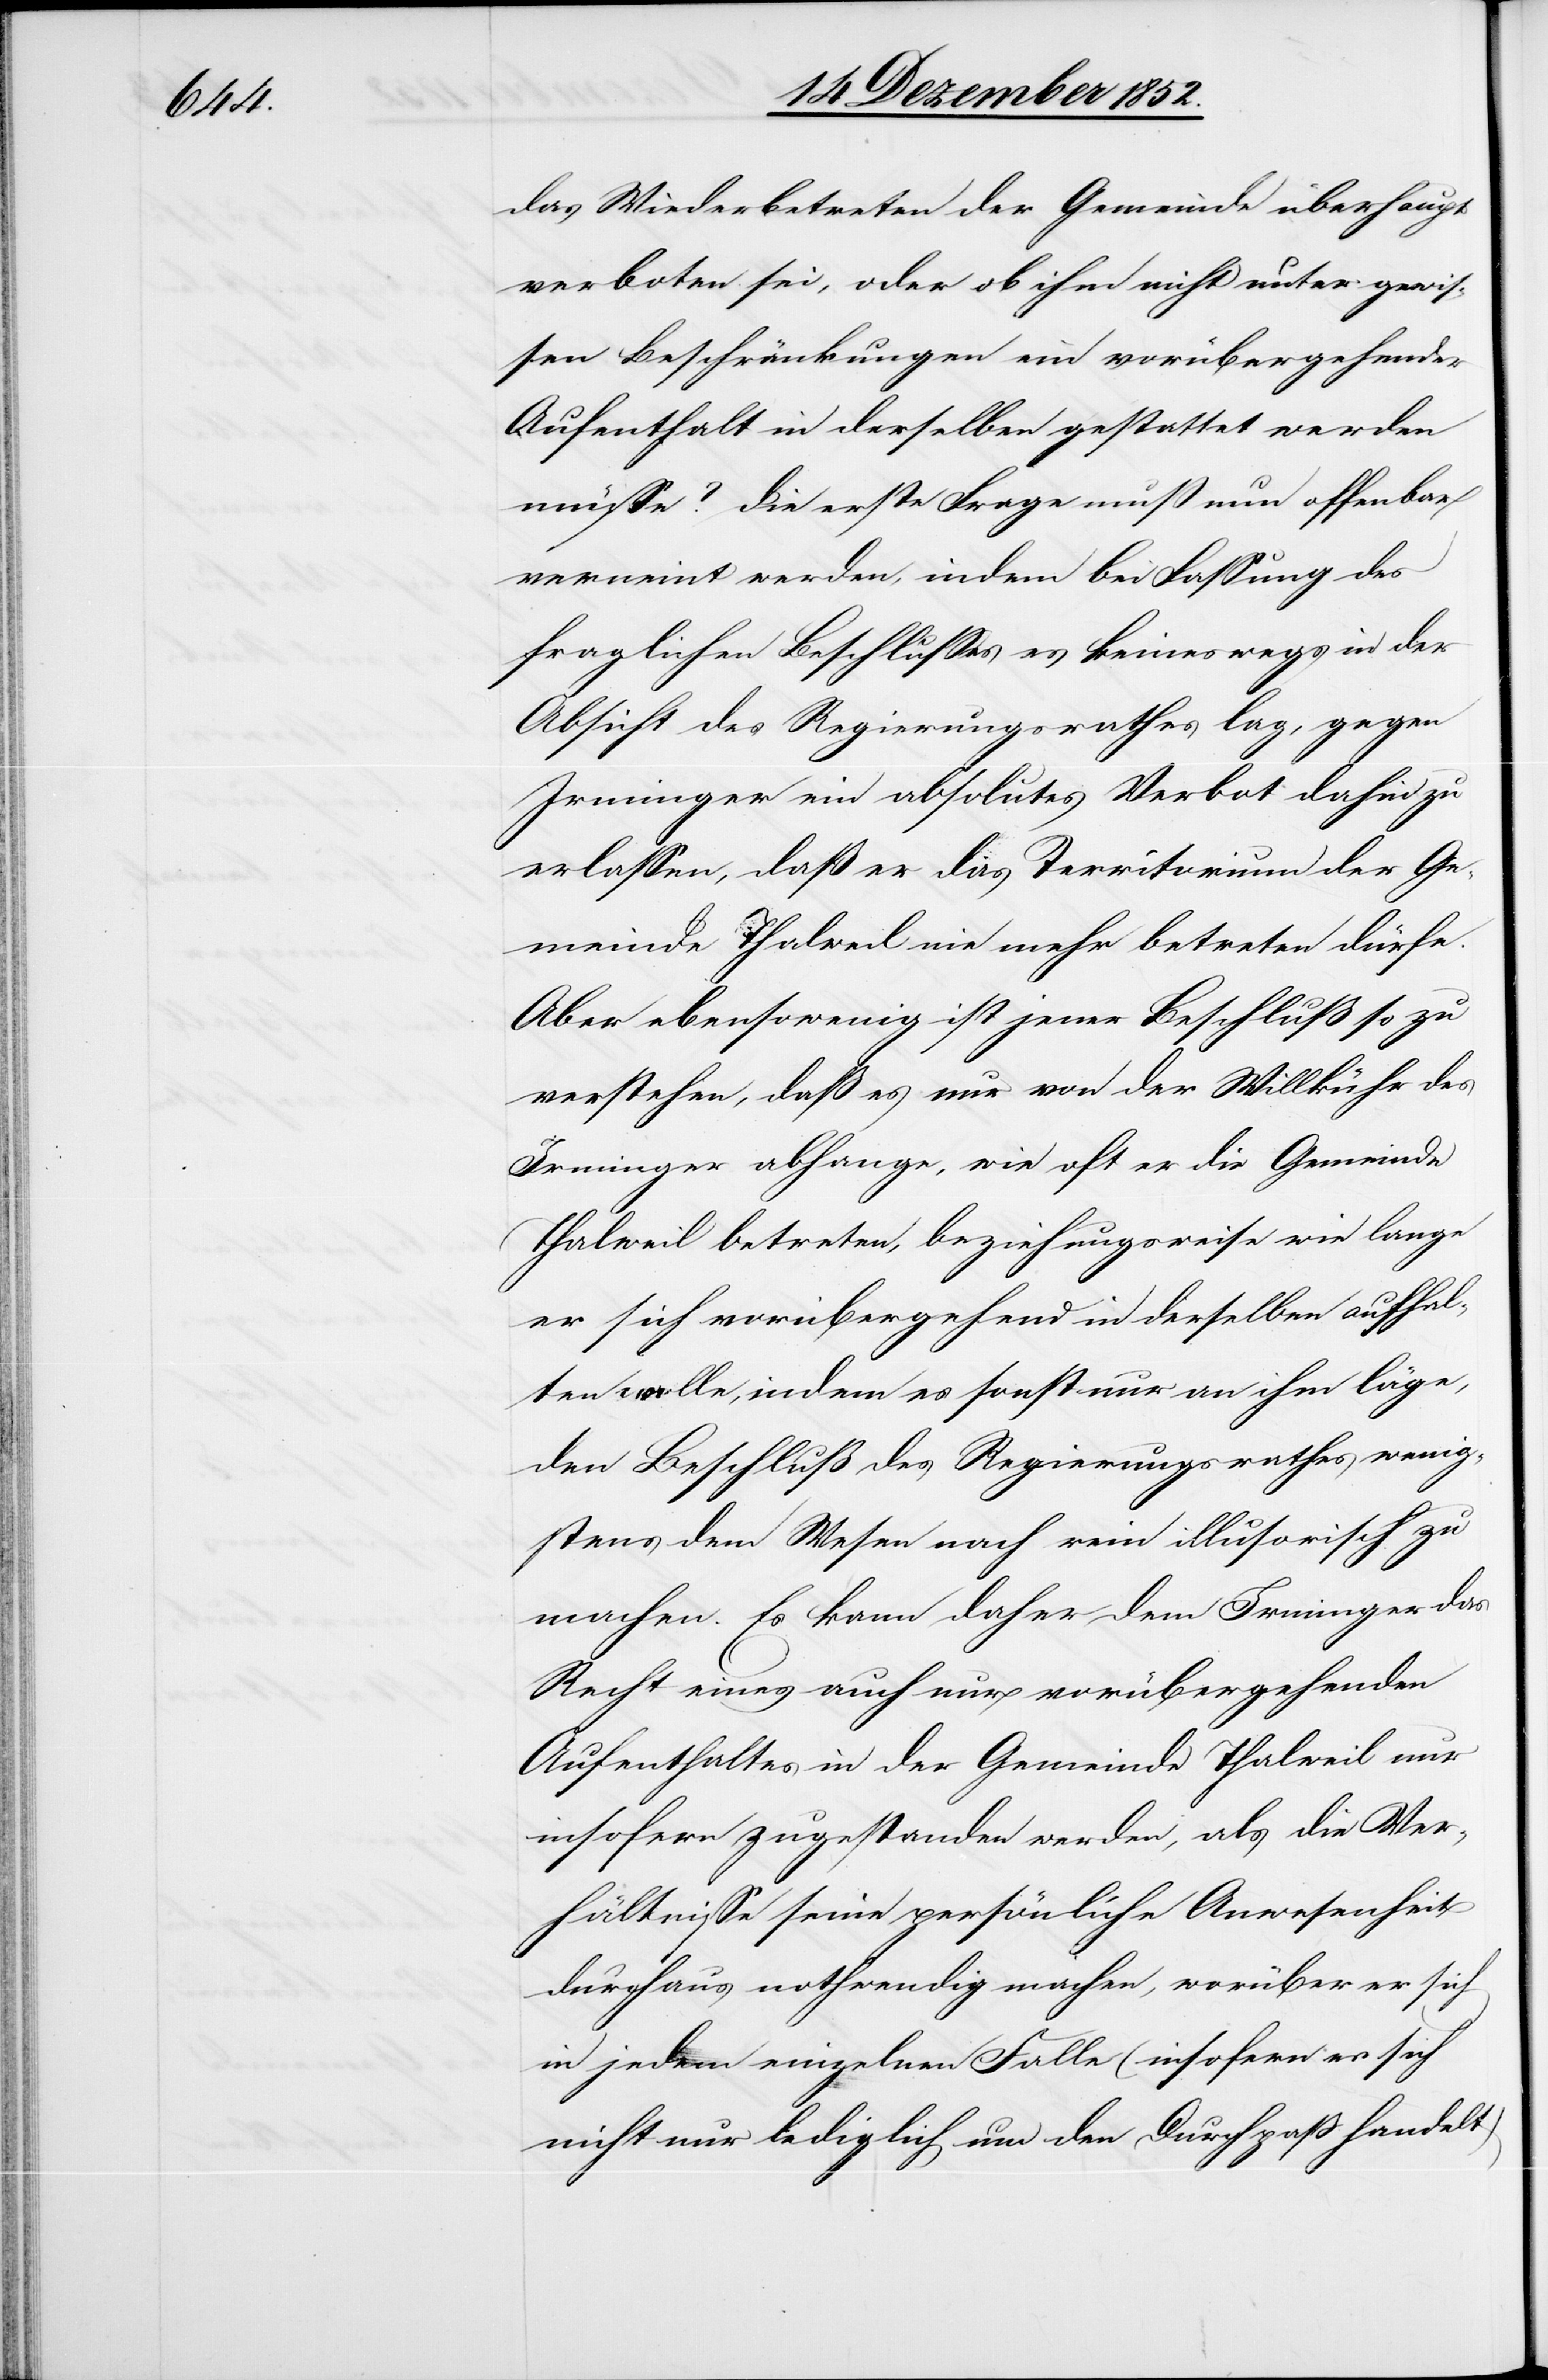
das Wiederbetreten der Gemeinde überhaupt
verboten sei, oder ob ihm nicht unter gewis¬
sen Beschränkungen ein vorübergehender
Aufenthalt in derselben gestattet werden
müsse? Die erste Frage muß nun offenbar
verneint werden, indem bei Fassung des
fraglichen Beschlusses es keineswegs in der
Absicht des Regierungsrathes lag, gegen
Irminger ein absolutes Verbot dahin zu
erlassen, daß er das Territorium der Ge¬
meinde Thalweil nie mehr betreten dürfe.
Aber ebensowenig ist jener Beschluß so zu
verstehen, daß es nur von der Willkühr des
Irminger abhange, wie oft er die Gemeinde
Thalweil betreten, beziehungsweise wie lange
er sich vorübergehend in derselben aufhal¬
ten wolle, indem es sonst nur an ihm läge,
den Beschluß des Regierungsrathes wenig¬
stens dem Wesen nach rein illusorisch zu
machen. Es kann daher dem Irminger das
Recht eines auch nur vorübergehenden
Aufenthaltes in der Gemeinde Thalweil nur
insofern zugestanden werden, als die Ver¬
hältnisse seine persönliche Anwesenheit
durchaus nothwendig machen, worüber er sich
in jedem einzelnen Falle (insofern es sich
nicht nur lediglich um den Durchpaß handelt)